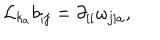
{ \cal L } _ { k _ { a } } b _ { i j } = \partial _ { [ i } \omega _ { j ] a } ,